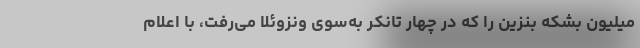
میلیون بشکه بنزین را که در چهار تانکر به‌سوی ونزوئلا می‌رفت، با اعلام